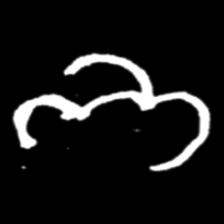
Pyu character \u2014 Myanmar letter: ဘ (romanized: bha)